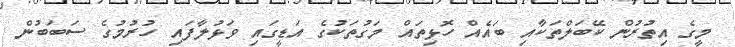
މީގެ އިތުރުން ކޭބަލްތަކާއި ބައެއް ހޮޅިތައް މަގުތަކުގެ އަޑީގައި ވަޅުލާފައި ހުރުމުގެ ސަބަބުން